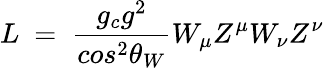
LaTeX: L~=~\frac{g_{c}g^{2}}{cos^{2}\theta_{W}}W_{\mu}Z^{\mu}W_{\nu}Z^{\nu}